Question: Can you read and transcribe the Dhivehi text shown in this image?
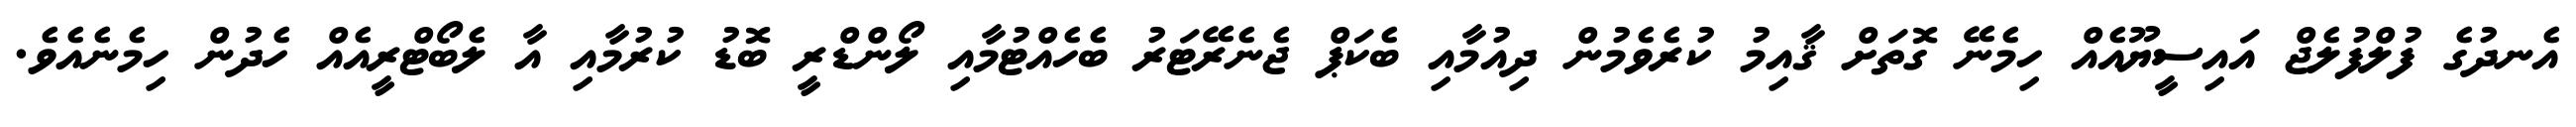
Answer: އެނދުގެ ފުލްފުލެޖް އައިސީޔޫއެއް ހިމެނޭ ގޮތަށް ޤާއިމު ކުރެވެމުން ދިއުމާއި ބެކަޕް ޖެނެރޭޓަރު ބެހެއްޓުމާއި ލޯންޑްރީ ބޮޑު ކުރުމާއި އާ ލެބޯޓްރީއެއް ހެދުން ހިމެނެއެވެ.